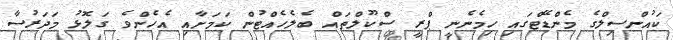
ކައުންސިލްގެ މެންޑޭޓްގައި ހިމެނެނީ ޕްރީ ސްކޫލްތައް ބެލެހެއްޓުން ކަމަށާއި އެހެންވެ ގަލޮޅު މަދަރުސާ